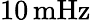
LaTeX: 10\, \mathrm{mHz}